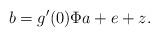
LaTeX: \begin{align*}b=g'(0)\Phi a+e+z.\end{align*}